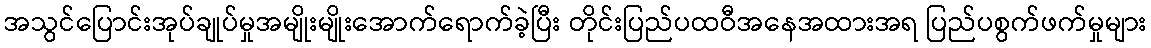
အသွင်ပြောင်းအုပ်ချုပ်မှုအမျိုးမျိုးအောက်ရောက်ခဲ့ပြီး တိုင်းပြည်ပထဝီအနေအထားအရ ပြည်ပစွက်ဖက်မှုများ